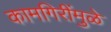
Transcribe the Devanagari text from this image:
कामगिरींमुळे